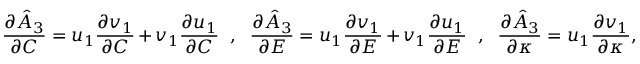
\frac { \partial \hat { A } _ { 3 } } { \partial C } = u _ { 1 } \frac { \partial v _ { 1 } } { \partial C } + v _ { 1 } \frac { \partial u _ { 1 } } { \partial C } ~ ~ , ~ ~ \frac { \partial \hat { A } _ { 3 } } { \partial E } = u _ { 1 } \frac { \partial v _ { 1 } } { \partial E } + v _ { 1 } \frac { \partial u _ { 1 } } { \partial E } ~ ~ , ~ ~ \frac { \partial \hat { A } _ { 3 } } { \partial \kappa } = u _ { 1 } \frac { \partial v _ { 1 } } { \partial \kappa } ,